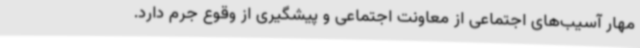
مهار آسیب‌های اجتماعی از معاونت اجتماعی و پیشگیری از وقوع جرم دارد.